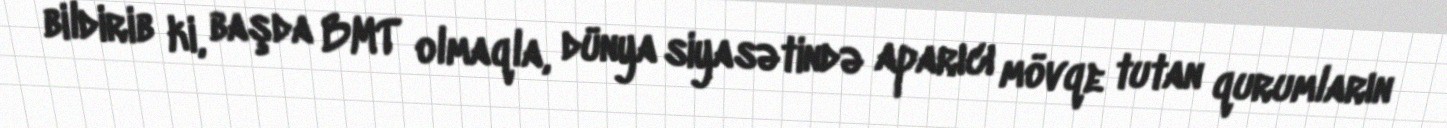
bildirib ki, başda BMT olmaqla, dünya siyasətində aparıcı mövqe tutan qurumların